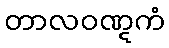
တာလဝဏ္ဋကံ